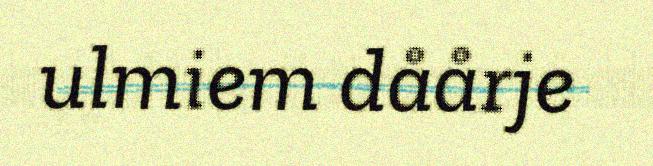
ulmiem dåårje